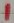
Text: 1